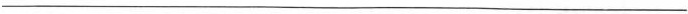
___